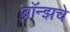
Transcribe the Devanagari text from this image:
ब्राॅन्झचे